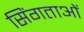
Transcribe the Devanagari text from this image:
सिंगताओं